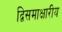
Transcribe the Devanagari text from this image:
द्विसमाक्षारीय